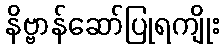
နိဗ္ဗာန်ဆော်ပြုရကျိုး